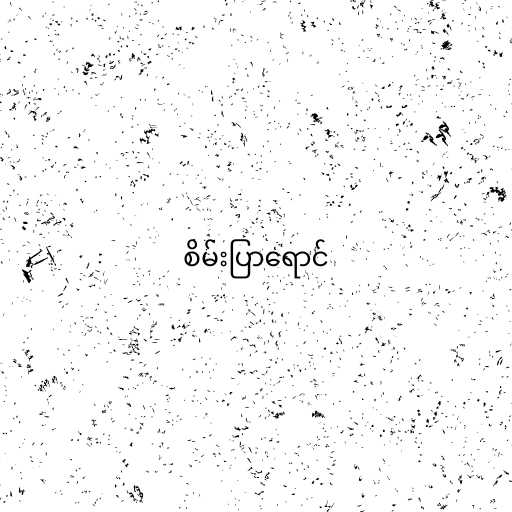
စိမ်းပြာရောင်